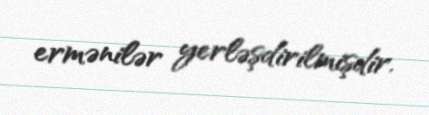
ermənilər yerləşdirilmişdir.